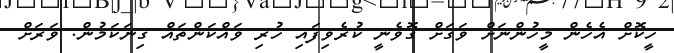
ހީކޮށް އެހެން މީހުންނަށް ވަގަށް ގޮވެނީ ކުރެވިފައި ހުރި ވައްކަންތައް ގިނަކަމުން. ވަރަށް